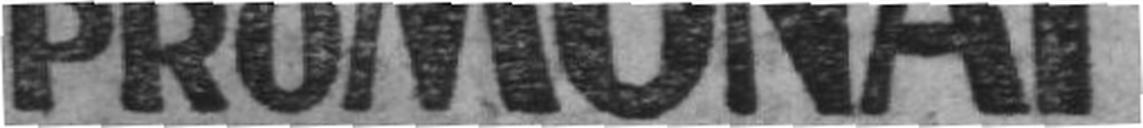
PRO MONAT